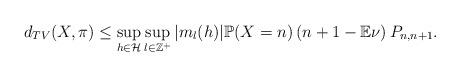
LaTeX: \begin{align*}d_{TV}(X,\pi)\leq\sup_{h\in\mathcal{H}}\sup_{l\in\mathbb{Z}^+}|m_l(h)|\mathbb{P}(X=n)\left(n+1-\mathbb{E}\nu\right)P_{n,n+1}.\end{align*}